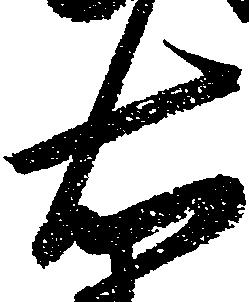
右